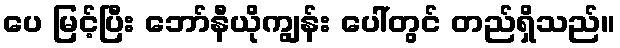
ပေ မြင့်ပြီး ဘော်နီယိုကျွန်း ပေါ်တွင် တည်ရှိသည်။